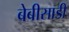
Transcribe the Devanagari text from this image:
बेबीसाडी